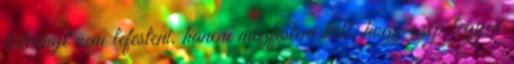
látványt nem lefesteni, hanem megfesteni kell, hogy szép legyen